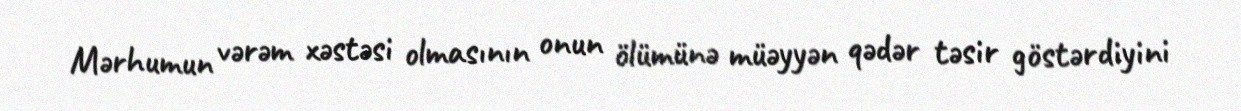
Mərhumun vərəm xəstəsi olmasının onun ölümünə müəyyən qədər təsir göstərdiyini